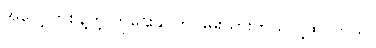
အပေါ့လာစွန့်တဲ့ ကိုဌေးနိုင်ကို ဖမ်းသွားတယ်လို့ထင်တယ်။